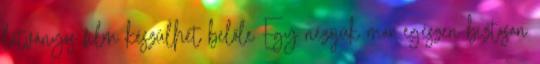
látványos film készülhet belőle Egy nézőjük már egészen biztosan